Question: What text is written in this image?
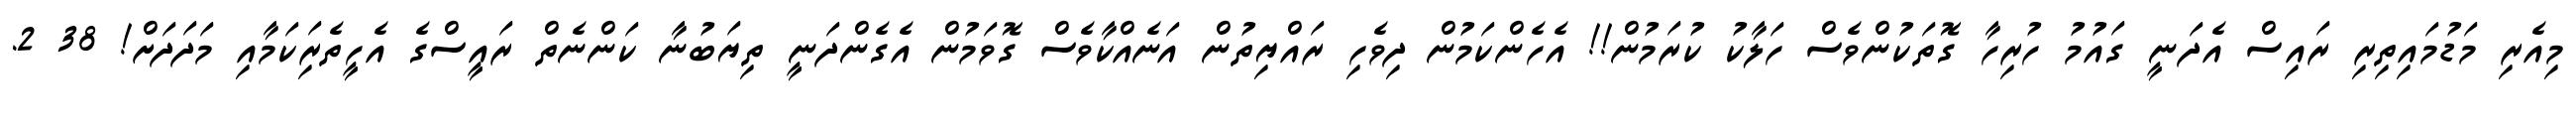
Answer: މިއެރި މަޑުމައިތިރި ރައިސް އެދަނީ ގައުމު ހުރިހާ ގޮތަކުންވެސް ހަލާކު ކުރަމުން!! އެހެންކަމުން ދިވެހި ރައްޔިތުން އަނެއްކާވެސް ގޮވަމުން އެގެންދަނީ ތިޔަބުނާ ކަންނެތް ރައީސްގެ އެހީތެރިަކަމާއި މަދަދަށް! 38 2.